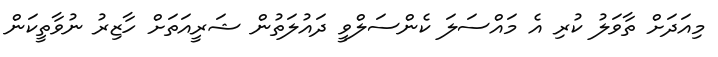
މިއަދަށް ތާވަލު ކުރި އެ މައްސަލަ ކެންސަލްވީ ދައުލަތުން ޝަރީއަތަށް ހާޒިރު ނުވާތީކަން